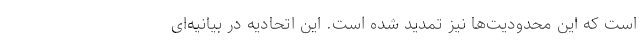
است که این محدودیت‌ها نیز تمدید شده است. این اتحادیه در بیانیه‌ای